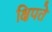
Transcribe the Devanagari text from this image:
क्षिपते